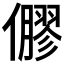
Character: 𠐋